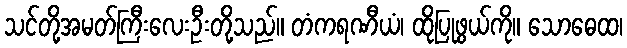
သင်တို့အမတ်ကြီးလေးဦးတို့သည်။ တံကရဏီယံ၊ ထိုပြုဖွယ်ကို။ သောဓေထ၊